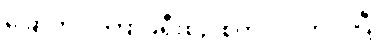
ခြောက်လကြာခရီးစဉ် စတင်လိုက်ပါပြီ။